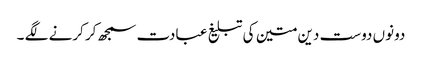
دونوں دوست دین متین کی تبلیغ عبادت سمجھ کر کرنے لگے ۔